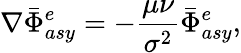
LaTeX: \nabla\bar{\Phi}_{asy}^{e}=-\frac{\mu\nu}{\sigma^{2}}\bar{\Phi}_{asy}^{e},